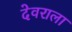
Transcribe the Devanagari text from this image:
देवराला